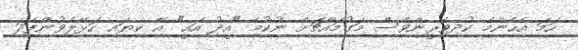
ހަމަ އެހެންމެ ކުދިވެރީންވެސް މަގުމައްޗަށް ނުކުމެ "އީދު އައީ" އޭ ކިޔައި ހަޅޭލެވުންފަދަ